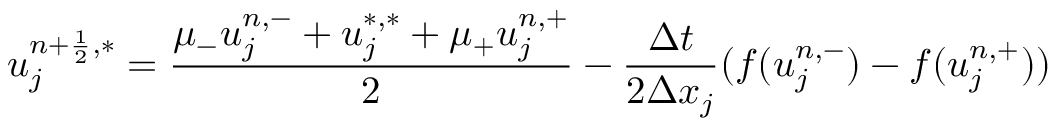
u _ { j } ^ { n + \frac { 1 } { 2 } , \ast } = \frac { \mu _ { - } u _ { j } ^ { n , - } + u _ { j } ^ { * , * } + \mu _ { + } u _ { j } ^ { n , + } } { 2 } - \frac { \Delta t } { 2 \Delta x _ { j } } ( f ( u _ { j } ^ { n , - } ) - f ( u _ { j } ^ { n , + } ) )